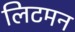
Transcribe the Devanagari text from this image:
लिटमन